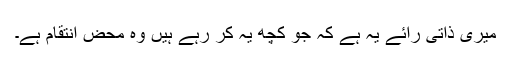
میری ذاتی رائے یہ ہے کہ جو کچھ یہ کر رہے ہیں وہ محض انتقام ہے۔